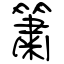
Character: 簫